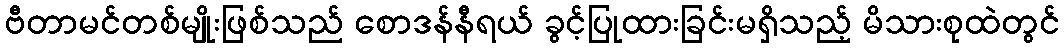
ဗီတာမင်တစ်မျိုးဖြစ်သည် စောဒန်နီရယ် ခွင့်ပြုထားခြင်းမရှိသည့် မိသားစုထဲတွင်